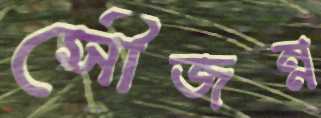
সৌজন্ন